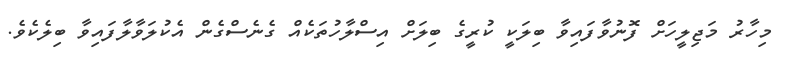
މިހާރު މަޖިލީހަށް ފޮނުވާފައިވާ ބިލަކީ ކުރީގެ ބިލަށް އިސްލާހުތަކެއް ގެނެސްގެން އެކުލަވާލާފައިވާ ބިލެކެވެ.